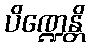
ပိဏ္ဍေန္တိ